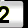
Digit: 2